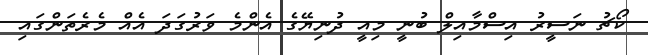
ކޯޗު ނަސީރު އިސްމާއިލް ބުނީ މިއީ ދުނިޔޭގެ އެންމެ ވަރުގަދަ އެއް މެރެތަންގައި